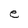
Character: e